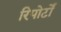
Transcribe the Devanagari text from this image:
रिपोर्टाें